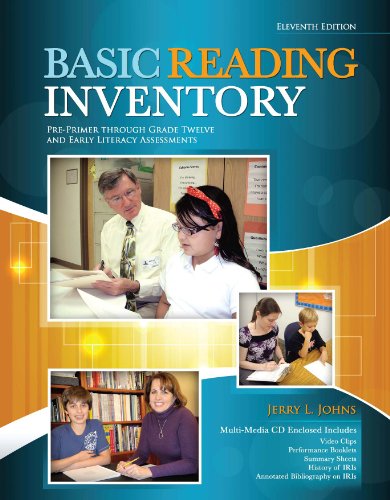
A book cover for Basic Reading Inventory: Pre-Primer through Grade Twelve and Early Literacy Assessments; Jerry Johns; Education & Teaching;